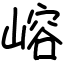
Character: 嵱